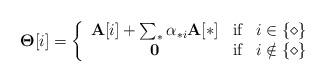
LaTeX: \begin{align*}\mathbf{\Theta}[i]= \left\{ \begin{array}{ccl}\mathbf{A}[i]+ \sum_{*}{\alpha_{*i}\mathbf{A}[*]} & \mbox{if} & i \in \{\diamond\}\\ \mathbf{0} & \mbox{if} & i \notin \{\diamond\}\end{array}\right.\end{align*}